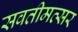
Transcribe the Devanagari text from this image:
सवतीमत्सर